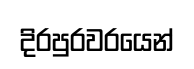
දිරපුරවරයෙන්